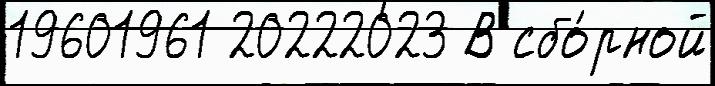
19601961 20222023 В сбо́рной